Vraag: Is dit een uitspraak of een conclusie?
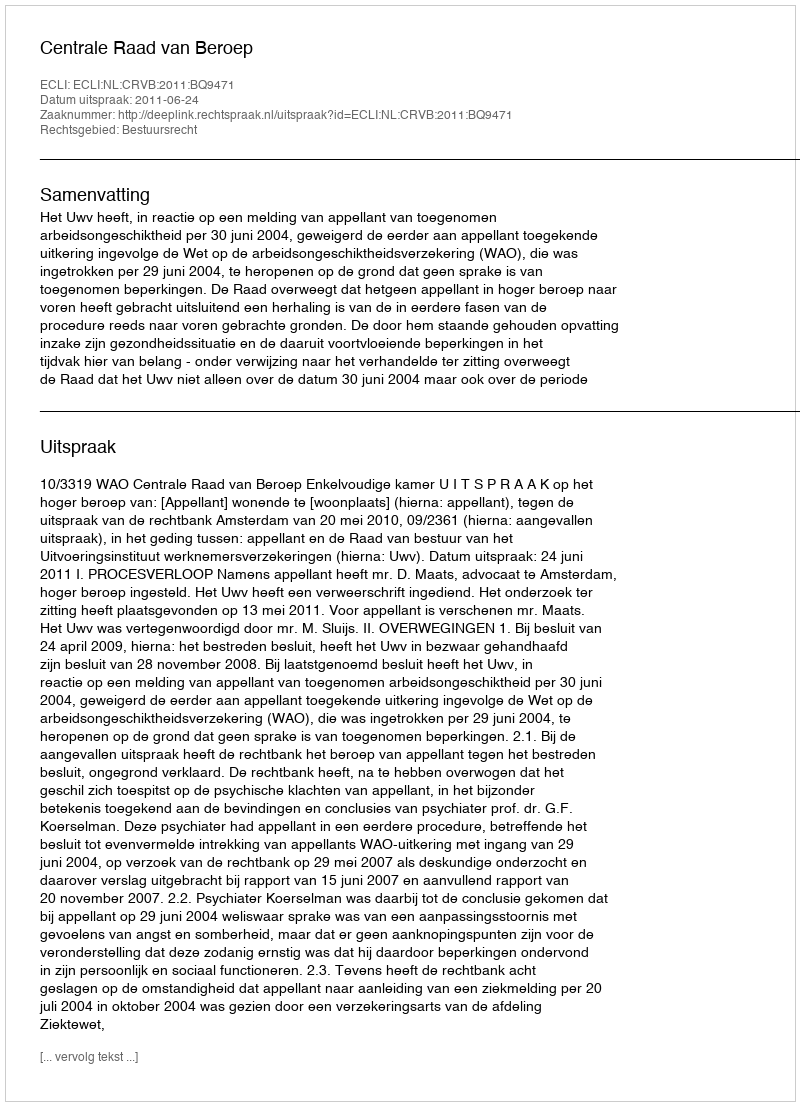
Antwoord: Uitspraak